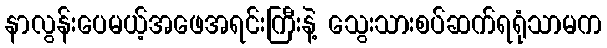
နာလွန်းပေမယ့်အဖေအရင်းကြီးနဲ့ သွေးသားစပ်ဆက်ရရုံသာမက